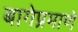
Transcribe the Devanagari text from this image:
बागेप्रमाणे